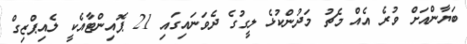
ބަޔާންއަށް ވުރެ އެއް މެޗު މަދުންކުޅެ ލީގުގެ ދެވަނައިގައި 21 ޕޮއިންޓާއެކީ ލެއިޕްޒިގް